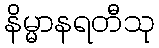
နိမ္မာနရတီသု